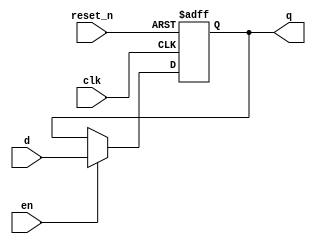
module register32_r_en(clk, reset_n, en, d, q);
	input clk, reset_n, en;
	input [31:0] d;
	output [31:0] q;
	reg [31:0] q;
	
	always @ (posedge clk or negedge reset_n) begin
	
	if(reset_n == 0)
		q <= 32'b0;
	else if(en)
		q <= d; 
	else
		q <= q;
	
	end
	
endmodule